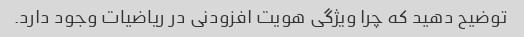
توضیح دهید که چرا ویژگی هویت افزودنی در ریاضیات وجود دارد.